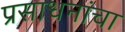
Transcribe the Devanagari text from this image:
प्रसाधनांचा